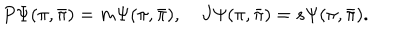
LaTeX: P \Psi ( \pi , { \bar { \pi } } ) = m \Psi ( \pi , { \bar { \pi } } ) , \quad { J } \Psi ( \pi , { \bar { \pi } } ) = s \Psi ( \pi , { \bar { \pi } } ) .